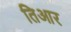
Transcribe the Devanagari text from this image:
तिआर